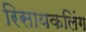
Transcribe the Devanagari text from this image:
रिसायकलिंग